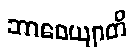
ဘာဝေယျာတိ